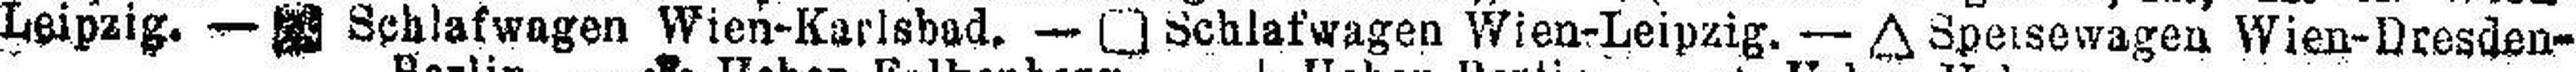
Leipzig. — ### Schlafwagen Wien-Karlsbad, — □ Schlafwagen Wien-Leipzig. — ∆ Speisewagen Wien-Dresden-